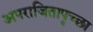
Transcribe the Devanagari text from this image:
अपराजितापृच्छा